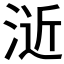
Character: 𣷯